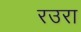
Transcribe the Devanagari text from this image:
रउरा